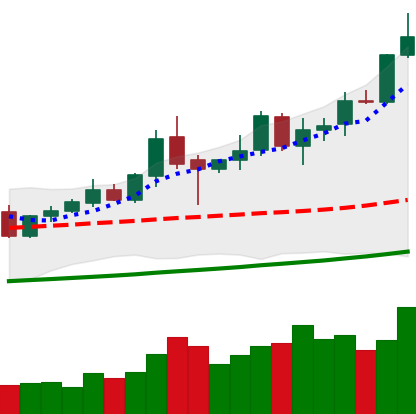
Ticker: XMR-USD
Chart end date: 2020-10-12
Forward return: -7.365%
Label: down_7plus